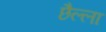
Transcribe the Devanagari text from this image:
छैल्ला